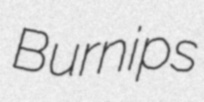
Burnips